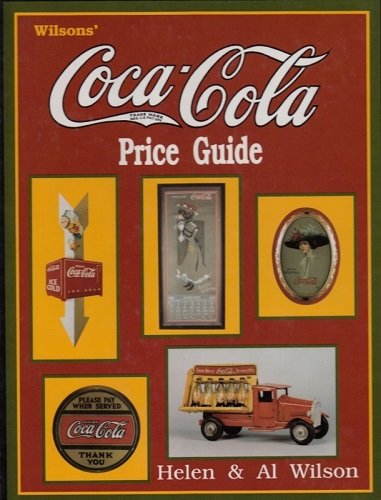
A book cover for Wilson's Coca-Cola Price Guide; Helen Wilson; Crafts, Hobbies & Home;